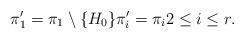
LaTeX: \begin{align*}\pi'_1 = \pi_1\setminus \{H_0\} \pi'_i = \pi_i 2 \le i \le r.\end{align*}